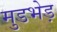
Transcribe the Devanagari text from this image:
मुडभेड़